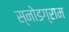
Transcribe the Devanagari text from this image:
स्नोडग्राम